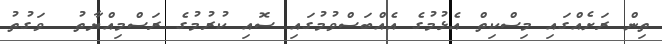
ތިން ރަށެއްގައި މިސްކިތް އެޅުމުގެ އެއްބަސްވުމުގައި ސޮއި ކުރުމުގެ ރަސްމިއްޔާތު  ވަގުތު